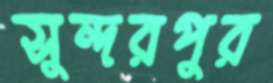
সুন্দরপুর